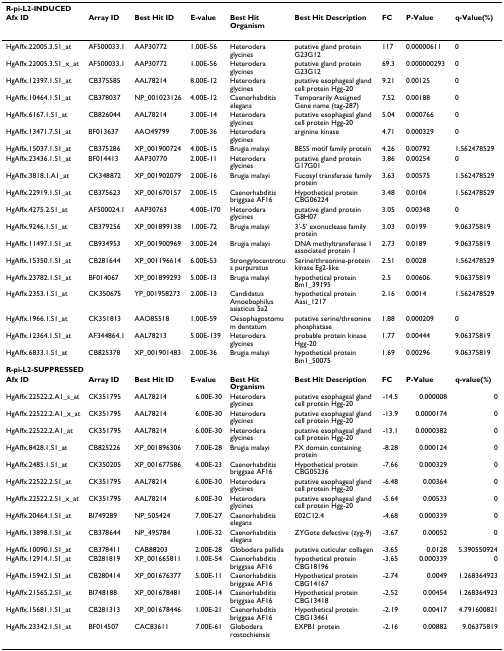
<table><thead><tr><td colspan="9"><b>R-pi-L2-INDUCED</b></td></tr><tr><td><b>Afx ID</b></td><td><b>Array ID</b></td><td><b>Best Hit ID</b></td><td><b>E-value</b></td><td><b>Best Hit Organism</b></td><td><b>Best Hit Description</b></td><td><b>FC</b></td><td><b>P-Value</b></td><td><b>q-Value(%)</b></td></tr></thead><tbody><tr><td>HgAffx.22005.3.S1_at</td><td>AF500033.1</td><td>AAP30772</td><td>1.00E-56</td><td>Heterodera glycines</td><td>putative gland protein G23G12</td><td>117</td><td>0.00000611</td><td>0</td></tr><tr><td>HgAffx.22005.3.S1_x_at</td><td>AF500033.1</td><td>AAP30772</td><td>1.00E-56</td><td>Heterodera glycines</td><td>putative gland protein G23G12</td><td>69.3</td><td>0.000000293</td><td>0</td></tr><tr><td>HgAffx.12397.1.S1_at</td><td>CB375585</td><td>AAL78214</td><td>8.00E-12</td><td>Heterodera glycines</td><td>putative esophageal gland cell protein Hgg-20</td><td>9.21</td><td>0.00125</td><td>0</td></tr><tr><td>HgAffx.10464.1.S1_at</td><td>CB378037</td><td>NP_001023126</td><td>4.00E-12</td><td>Caenorhabditis elegans</td><td>Temporarily Assigned Gene name (tag-287)</td><td>7.52</td><td>0.00188</td><td>0</td></tr><tr><td>HgAffx.6167.1.S1_at</td><td>CB826044</td><td>AAL78214</td><td>3.00E-14</td><td>Heterodera glycines</td><td>putative esophageal gland cell protein Hgg-20</td><td>5.04</td><td>0.000766</td><td>0</td></tr><tr><td>HgAffx.13471.7.S1_at</td><td>BF013637</td><td>AAO49799</td><td>7.00E-36</td><td>Heterodera glycines</td><td>arginine kinase</td><td>4.71</td><td>0.000329</td><td>0</td></tr><tr><td>HgAffx.15037.1.S1_at</td><td>CB375286</td><td>XP_001900724</td><td>4.00E-15</td><td>Brugia malayi</td><td>BESS motif family protein</td><td>4.26</td><td>0.00792</td><td>1.562478529</td></tr><tr><td>HgAffx.23436.1.S1_at</td><td>BF014413</td><td>AAP30770</td><td>2.00E-11</td><td>Heterodera glycines</td><td>putative gland protein G17G01</td><td>3.86</td><td>0.00254</td><td>0</td></tr><tr><td>HgAffx.3818.1.A1_at</td><td>CK348872</td><td>XP_001902079</td><td>2.00E-16</td><td>Brugia malayi</td><td>Fucosyl transferase family protein</td><td>3.63</td><td>0.00575</td><td>1.562478529</td></tr><tr><td>HgAffx.22919.1.S1_at</td><td>CB375623</td><td>XP_001670157</td><td>2.00E-15</td><td>Caenorhabditis briggsae AF16</td><td>Hypothetical protein CBG06224</td><td>3.48</td><td>0.0104</td><td>1.562478529</td></tr><tr><td>HgAffx.4275.2.S1_at</td><td>AF500024.1</td><td>AAP30763</td><td>4.00E-170</td><td>Heterodera glycines</td><td>putative gland protein G8H07</td><td>3.05</td><td>0.00348</td><td>0</td></tr><tr><td>HgAffx.9246.1.S1_at</td><td>CB379256</td><td>XP_001899138</td><td>1.00E-72</td><td>Brugia malayi</td><td>3&#x27;-5&#x27; exonuclease family protein</td><td>3.03</td><td>0.0199</td><td>9.06375819</td></tr><tr><td>HgAffx.11497.1.S1_at</td><td>CB934953</td><td>XP_001900969</td><td>3.00E-24</td><td>Brugia malayi</td><td>DNA methyltransferase 1 associated protein 1</td><td>2.73</td><td>0.0189</td><td>9.06375819</td></tr><tr><td>HgAffx.15350.1.S1_at</td><td>CB281644</td><td>XP_001196614</td><td>6.00E-53</td><td>Strongylocentrotus purpuratus</td><td>Serine/threonine-protein kinase Eg2-like</td><td>2.51</td><td>0.0028</td><td>1.562478529</td></tr><tr><td>HgAffx.23782.1.S1_at</td><td>BF014067</td><td>XP_001899293</td><td>5.00E-13</td><td>Brugia malayi</td><td>hypothetical protein Bm1_39195</td><td>2.5</td><td>0.00606</td><td>9.06375819</td></tr><tr><td>HgAffx.2353.1.S1_at</td><td>CK350675</td><td>YP_001958273</td><td>2.00E-13</td><td>Candidatus Amoebophilus asiaticus 5a2</td><td>hypothetical protein Aasi_1217</td><td>2.16</td><td>0.0014</td><td>1.562478529</td></tr><tr><td>HgAffx.1966.1.S1_at</td><td>CK351813</td><td>AAO85518</td><td>1.00E-59</td><td>Oesophagostomum dentatum</td><td>putative serine/threonine phosphatase</td><td>1.88</td><td>0.000209</td><td>0</td></tr><tr><td>HgAffx.12364.1.S1_at</td><td>AF344864.1</td><td>AAL78213</td><td>5.00E-139</td><td>Heterodera glycines</td><td>probable protein kinase Hgg-20</td><td>1.77</td><td>0.00444</td><td>9.06375819</td></tr><tr><td>HgAffx.6833.1.S1_at</td><td>CB825378</td><td>XP_001901483</td><td>2.00E-36</td><td>Brugia malayi</td><td>hypothetical protein Bm1_50075</td><td>1.69</td><td>0.00296</td><td>9.06375819</td></tr><tr><td colspan="9"><b>R-pi-L2-SUPPRESSED</b></td></tr><tr><td><b>Afx ID</b></td><td><b>Array ID</b></td><td><b>Best Hit ID</b></td><td><b>E-value</b></td><td><b>Best Hit Organism</b></td><td><b>Best Hit Description</b></td><td><b>FC</b></td><td><b>P-Value</b></td><td><b>q-value(%)</b></td></tr><tr><td>HgAffx.22522.2.A1_s_at</td><td>CK351795</td><td>AAL78214</td><td>6.00E-30</td><td>Heterodera glycines</td><td>putative esophageal gland cell protein Hgg-20</td><td>-14.5</td><td>0.000008</td><td>0</td></tr><tr><td>HgAffx.22522.2.A1_x_at</td><td>CK351795</td><td>AAL78214</td><td>6.00E-30</td><td>Heterodera glycines</td><td>putative esophageal gland cell protein Hgg-20</td><td>-13.9</td><td>0.0000174</td><td>0</td></tr><tr><td>HgAffx.22522.2.A1_at</td><td>CK351795</td><td>AAL78214</td><td>6.00E-30</td><td>Heterodera glycines</td><td>putative esophageal gland cell protein Hgg-20</td><td>-13.1</td><td>0.0000382</td><td>0</td></tr><tr><td>HgAffx.8428.1.S1_at</td><td>CB825226</td><td>XP_001896306</td><td>7.00E-28</td><td>Brugia malayi</td><td>PX domain containing protein</td><td>-8.28</td><td>0.000124</td><td>0</td></tr><tr><td>HgAffx.2485.1.S1_at</td><td>CK350205</td><td>XP_001677586</td><td>4.00E-23</td><td>Caenorhabditis briggsae AF16</td><td>Hypothetical protein CBG05236</td><td>-7.66</td><td>0.000329</td><td>0</td></tr><tr><td>HgAffx.22522.2.S1_at</td><td>CK351795</td><td>AAL78214</td><td>6.00E-30</td><td>Heterodera glycines</td><td>putative esophageal gland cell protein Hgg-20</td><td>-6.48</td><td>0.00364</td><td>0</td></tr><tr><td>HgAffx.22522.2.S1_x_at</td><td>CK351795</td><td>AAL78214</td><td>6.00E-30</td><td>Heterodera glycines</td><td>putative esophageal gland cell protein Hgg-20</td><td>-5.64</td><td>0.00533</td><td>0</td></tr><tr><td>HgAffx.20464.1.S1_at</td><td>BI749289</td><td>NP_505424</td><td>7.00E-27</td><td>Caenorhabditis elegans</td><td>E02C12.4</td><td>-4.68</td><td>0.000339</td><td>0</td></tr><tr><td>HgAffx.13898.1.S1_at</td><td>CB378644</td><td>NP_495784</td><td>1.00E-32</td><td>Caenorhabditis elegans</td><td>ZYGote defective (zyg-9)</td><td>-3.67</td><td>0.00052</td><td>0</td></tr><tr><td>HgAffx.10090.1.S1_at</td><td>CB378411</td><td>CAB88203</td><td>2.00E-28</td><td>Globodera pallida</td><td>putative cuticular collagen</td><td>-3.65</td><td>0.0128</td><td>5.390550924</td></tr><tr><td>HgAffx.12914.1.S1_at</td><td>CB281819</td><td>XP_001665811</td><td>1.00E-54</td><td>Caenorhabditis briggsae AF16</td><td>hypothetical protein CBG18196</td><td>-3.65</td><td>0.000339</td><td>0</td></tr><tr><td>HgAffx.15942.1.S1_at</td><td>CB280414</td><td>XP_001676377</td><td>5.00E-11</td><td>Caenorhabditis briggsae AF16</td><td>Hypothetical protein CBG14167</td><td>-2.74</td><td>0.0049</td><td>1.268364923</td></tr><tr><td>HgAffx.21565.2.S1_at</td><td>BI748188</td><td>XP_001678481</td><td>2.00E-14</td><td>Caenorhabditis briggsae AF16</td><td>Hypothetical protein CBG13418</td><td>-2.52</td><td>0.00454</td><td>1.268364923</td></tr><tr><td>HgAffx.15681.1.S1_at</td><td>CB281313</td><td>XP_001678446</td><td>1.00E-21</td><td>Caenorhabditis briggsae AF16</td><td>Hypothetical protein CBG13461</td><td>-2.19</td><td>0.00417</td><td>4.791600821</td></tr><tr><td>HgAffx.23342.1.S1_at</td><td>BF014507</td><td>CAC83611</td><td>7.00E-61</td><td>Globodera rostochiensis</td><td>EXPB1 protein</td><td>-2.16</td><td>0.00882</td><td>9.06375819</td></tr></tbody></table>